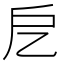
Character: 戹